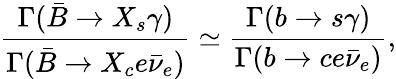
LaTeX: \frac{\Gamma(\bar{B}\rightarrow X_{s}\gamma)}{\Gamma(\bar{B}\rightarrow X_{c}e\bar{\nu}_{e})}\simeq\frac{\Gamma(b\rightarrow s\gamma)}{\Gamma(b\rightarrow ce\bar{\nu}_{e})},